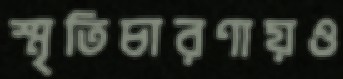
স্মৃতিচারণায়ও